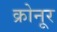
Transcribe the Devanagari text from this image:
क्रोनूर